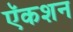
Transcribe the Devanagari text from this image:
ऍकशन